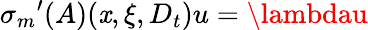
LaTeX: {{\sigma}_{m}}^{\prime}(A)(\mathit{x},\xi,D_{t})u=\lambdau